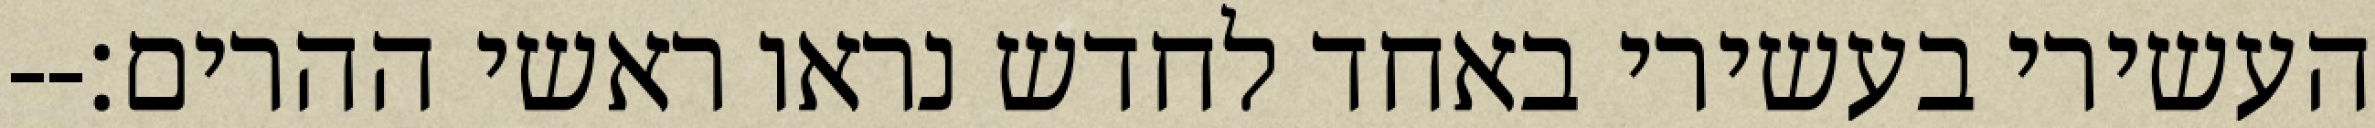
העשירי בעשירי באחד לחדש נראו ראשי ההרים׃--